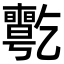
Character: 𠄊